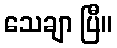
သေချာ ပြီ။